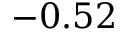
- 0 . 5 2